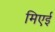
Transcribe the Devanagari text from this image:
मिएई